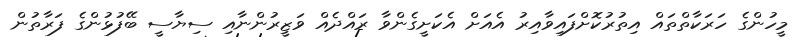
މީހުންގެ ހަރަކާތްތައް އިތުރުކޮށްފައިވާއިރު އެއަށް އެކަށީގެންވާ ރައްދެއް ވަޒީރުންނާއި ސިޔާސީ ބޭފުޅުންގެ ފަރާތުން